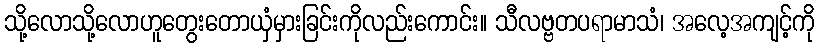
သို့လောသို့လောဟူတွေးတောယှံမှားခြင်းကိုလည်းကောင်း။ သီလဗ္ဗတပရာမာသံ၊ အလေ့အကျင့်ကို